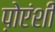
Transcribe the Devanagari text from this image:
प़ोएंशी